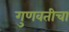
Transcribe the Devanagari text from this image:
गुणवतीचा